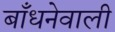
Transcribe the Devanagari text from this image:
बाँधनेवाली